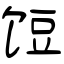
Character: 饾